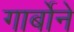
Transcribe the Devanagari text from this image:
गार्बोने